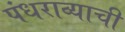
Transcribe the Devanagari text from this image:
पंधराव्याची